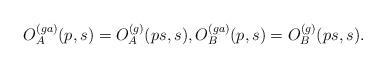
LaTeX: \begin{align*}O_A^{(ga)}(p,s)=O_A^{(g)}(ps,s),O_B^{(ga)}(p,s)=O_B^{(g)}(ps,s).\end{align*}